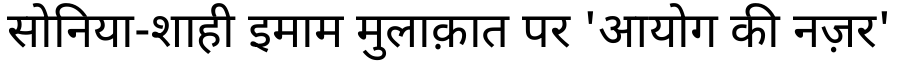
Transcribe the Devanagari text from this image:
सोनिया-शाही इमाम मुलाक़ात पर 'आयोग की नज़र'